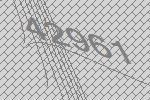
42961